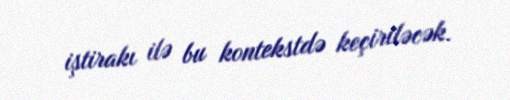
iştirakı ilə bu kontekstdə keçiriləcək.